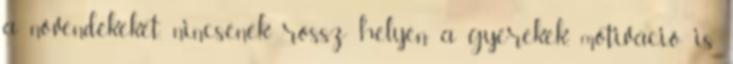
a növendékeket, nincsenek rossz helyen a gyerekek, motiváció is